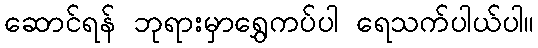
ဆောင်ရန် ဘုရားမှာရွှေကပ်ပါ ရေသက်ပါယ်ပါ။